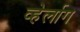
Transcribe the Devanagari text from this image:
व्हेर्लाग